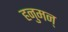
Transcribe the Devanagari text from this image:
हनुमन्